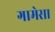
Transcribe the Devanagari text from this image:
गामेसा